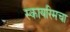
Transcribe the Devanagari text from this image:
स्कायरिमचा